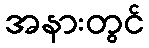
အနားတွင်